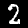
Digit: 2